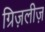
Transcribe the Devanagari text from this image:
ग्रिज़लीज़